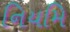
નિયમિ